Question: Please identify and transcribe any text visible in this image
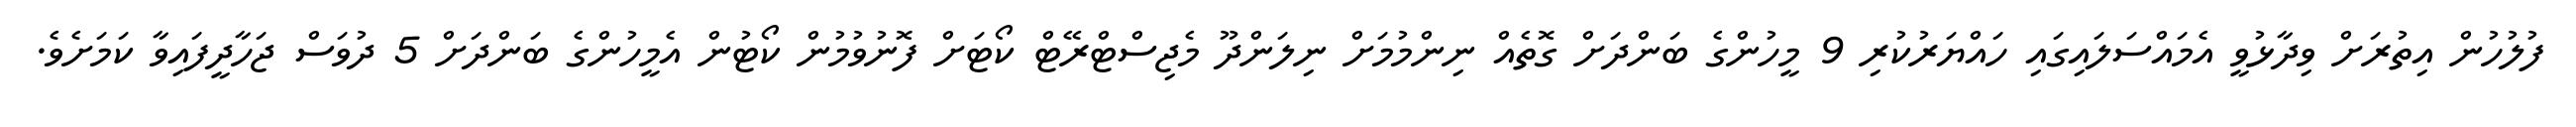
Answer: ފުލުހުން އިތުރަށް ވިދާޅުވީ އެމައްސަލައިގައި ހައްޔަރުކުރި 9 މީހުންގެ ބަންދަށް ގޮތެއް ނިންމުމަށް ނިލަންދޫ މެޖިސްޓްރޭޓް ކޯޓަށް ފޮނުވުމުން ކޯޓުން އެމީހުންގެ ބަންދަށް 5 ދުވަސް ޖަހާދީފައިވާ ކަމަށެވެ.